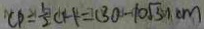
C P = \frac { 1 } { 2 } C H = ( 3 0 - 1 0 \sqrt { 3 } ) c m